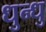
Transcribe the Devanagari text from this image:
धुन्धु